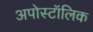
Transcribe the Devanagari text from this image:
अपोस्टॉलिक